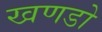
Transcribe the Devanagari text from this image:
खणडो